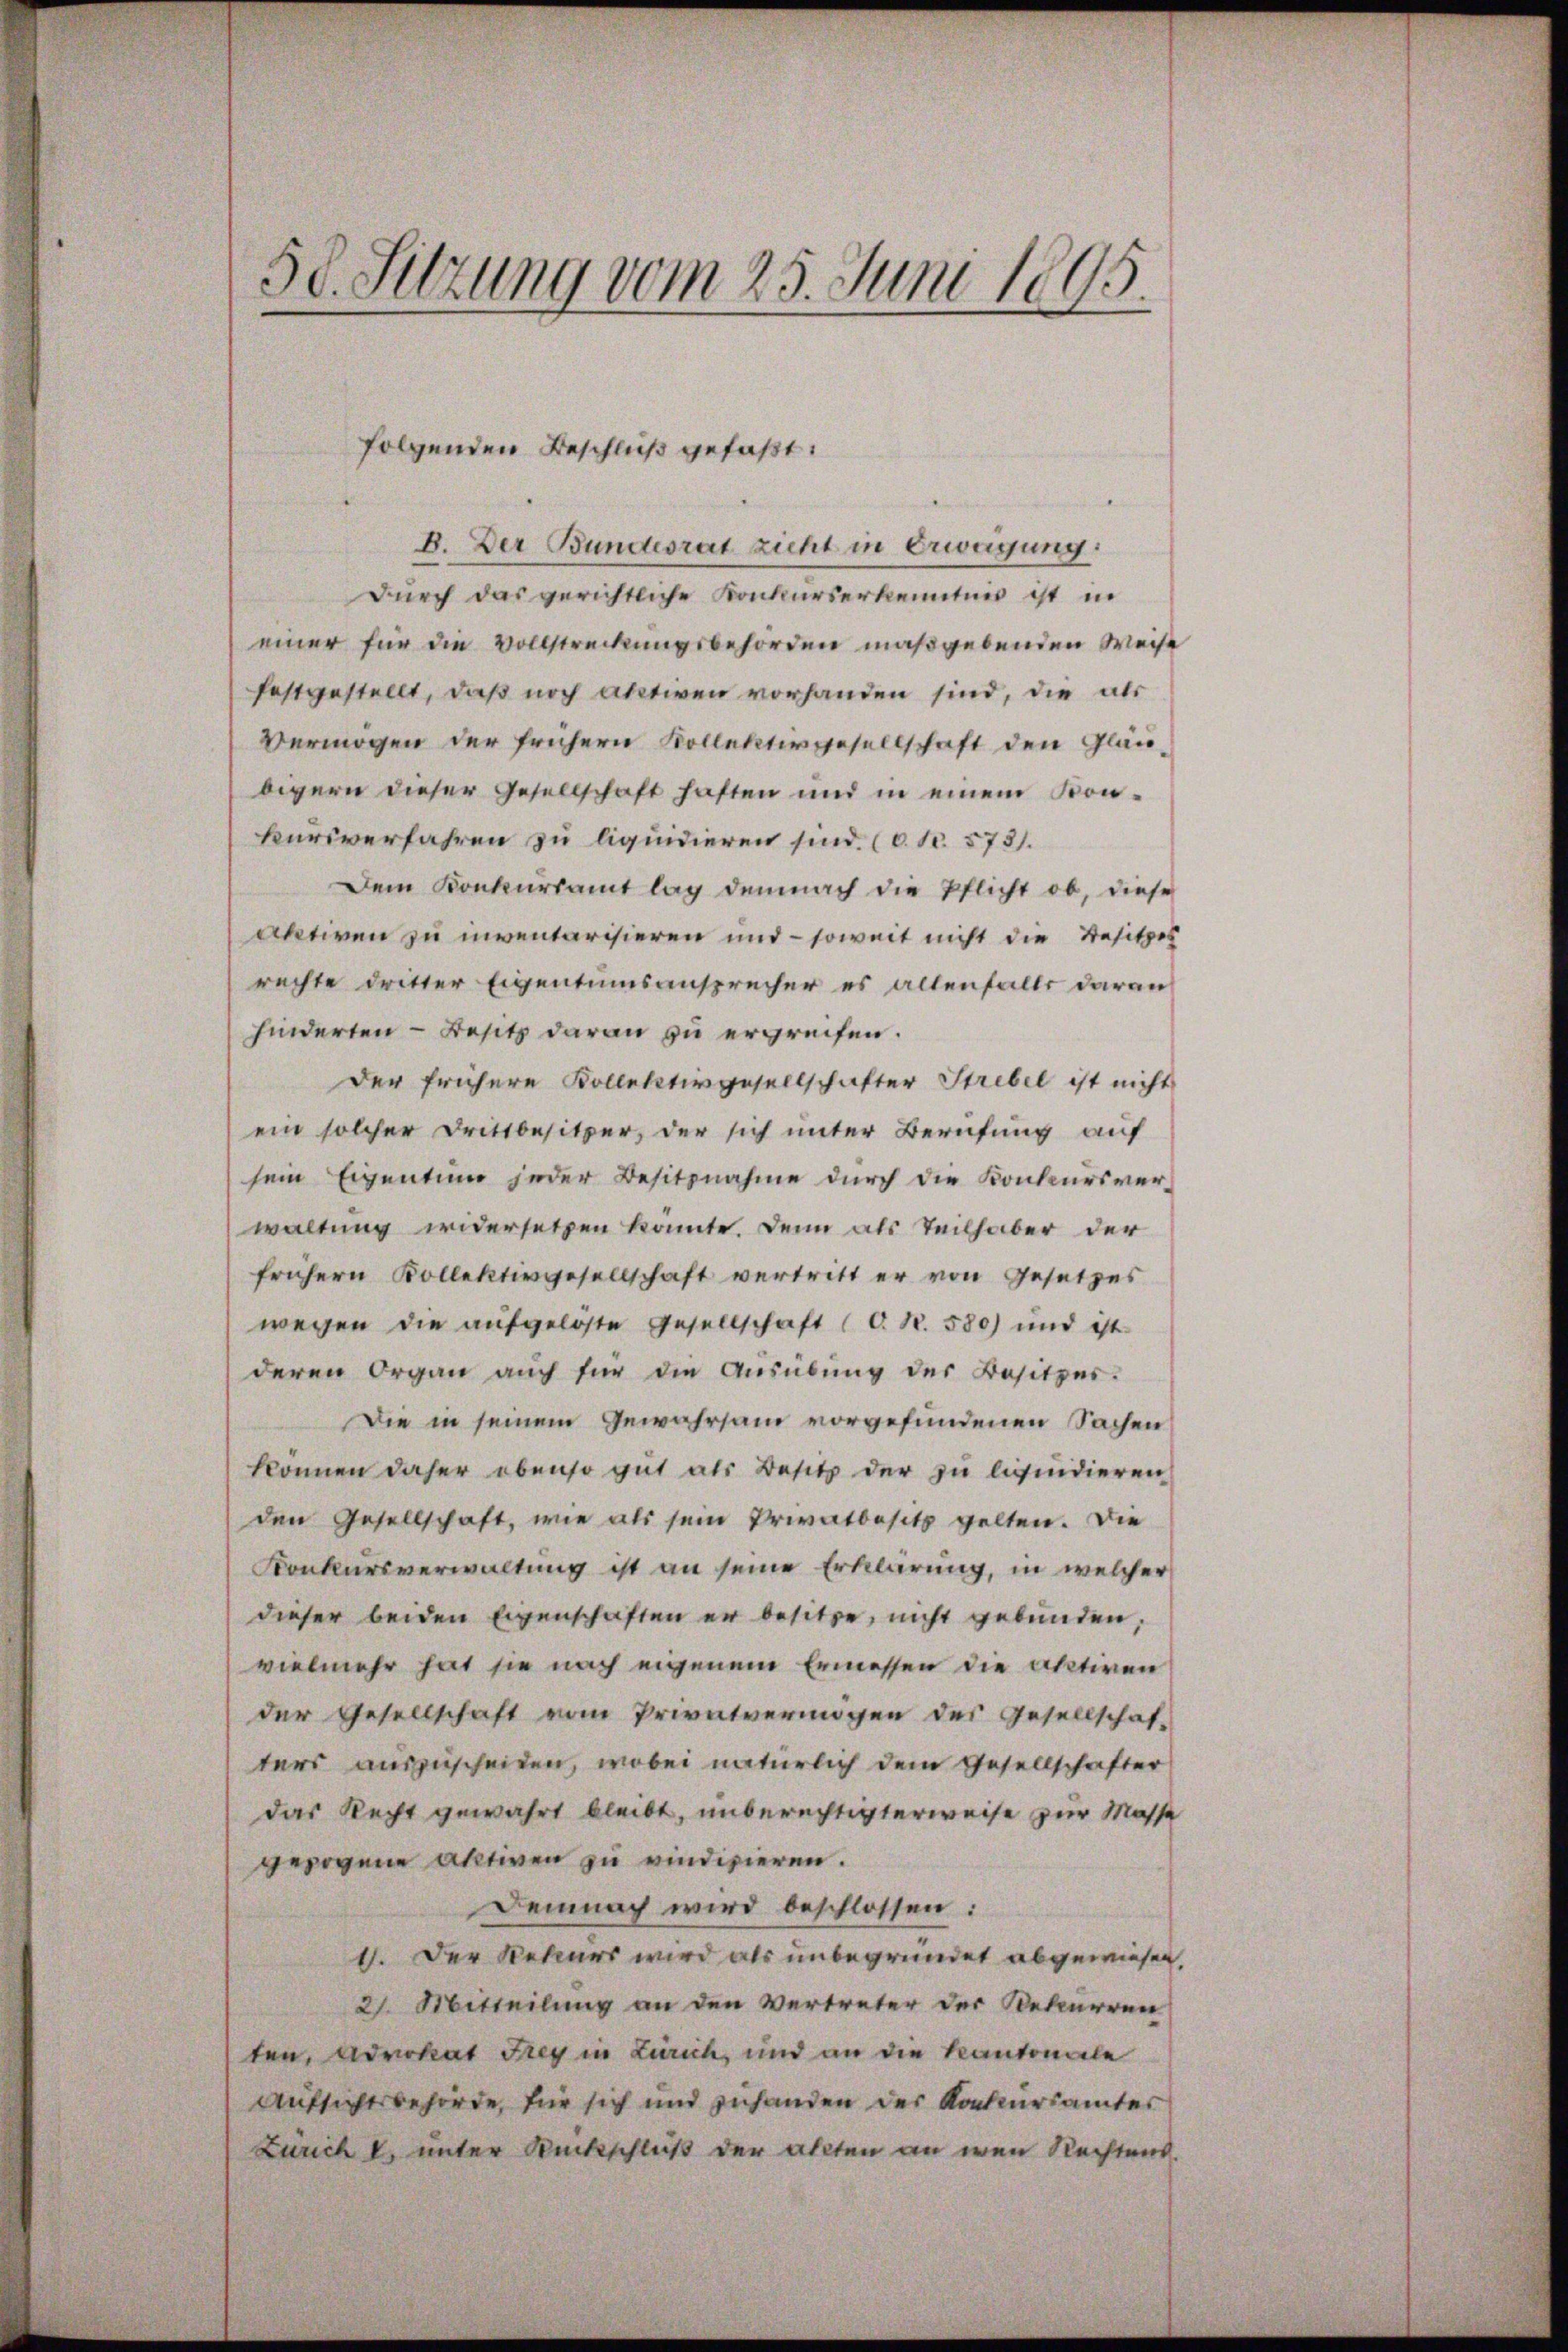
58. Sitzung vom 25. Juni 1895.

folgenden Beschluß gefaßt.

B. Der Bundesrat zieht in Erwägung:
durch das gerichtliche Konkurserkenntnis ist in
einer für die Vollstreckungsbehörden maßgebenden Weise
festgestellt, daß noch abetien vorhanden sind, die als
Vermögen der frühern Kollektivgesellschaft den Gläubigern dieser Gesellschaft haften und in einem Konkursverfahren zu liquidieren sind. (c. No. 573.
Dem Konkursamt lag demnach die Pflicht ob, diese
aktiven zu inventarisieren und – soweit nicht die Besitzes
rechte dritter Eigentumsansprecher es allenfalls daran
hinderten - Besitz daran zu ergreifen.
der frühere Kollektivgesellschafter Strebel ist nicht
ein solcher Drittbesitzer, der sich unter Berufung auf
sein Eigentum jeder Besitznahme durch die Konkursverwaltung widersetzen konnte. Denn als Teilhaber der
frühern Kollektivgesellschaft vertritt er von Gesetzes
wegen die aŭfgelöste Gesellschaft (C. Nr. 580) und ist
deren Organ auch für die Aŭsübŭng der Besitzes.
Die in seinem Gewahrsam vorgefundenen Sachen
können daher ebenso gut als Besitz der zu liquidieren
den Gesellschaft, wie als sein Privatbesitz gelten. Die
Konkursverwaltung ist an seine Erklärung, in welcher
dieser beiden Eigenschaften er besitze, nicht gebunden,
vielmehr hat sie nach eigenem Ermessen die aktiven
der Gesellschaft vom Privatvermögen des Gesellschaf-
ters auszuscheiden, wobei natürlich dem Gesellschafter
das Recht gewahrt bleibt, unberechtigterweise zur Masse
gezogene Aktiven zu vindizieren.
Demnach wird beschlossen:
1. Der Rekurs wird als unbegründet abgewiesen,
2. Mitteilung an den Vertreter der Rekurren
ten, Advokat Frey in Zürich, und an die Kantonale
Aufsichtsbehörde, für sich und zuhanden der Konkursamtes
Zürich u. unter Rückschluß der allten an wenn Rechtens.